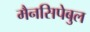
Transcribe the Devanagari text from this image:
मैनसिपेबुल